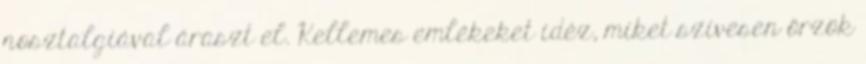
nosztalgiával áraszt el. Kellemes emlékeket idéz, miket szívesen őrzök